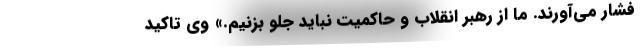
فشار می‌آورند. ما از رهبر انقلاب و حاکمیت نباید جلو بزنیم.» وی تاکید